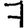
Digit: 7